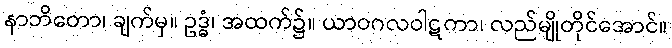
နာဘိတော၊ ချက်မှ။ ဥဒ္ဓံ၊ အထက်၌။ ယာဝဂလဝါဋကာ၊ လည်မျိုတိုင်အောင်။